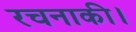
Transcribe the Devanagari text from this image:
रचनाकी।